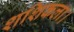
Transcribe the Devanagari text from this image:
शशिकला।